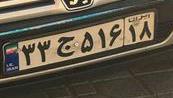
۳۳ج۵۱۶۱۸